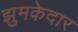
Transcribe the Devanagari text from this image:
झुमकेदार